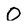
Character: 0